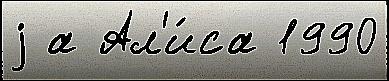
j а Ал'и́са 1990